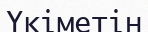
Үкіметін